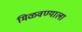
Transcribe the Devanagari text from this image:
मिळवण्याला